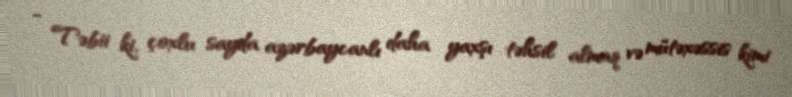
- Təbii ki, çoxlu sayda azərbaycanlı daha yaxşı təhsil almaq və mütəxəssis kimi